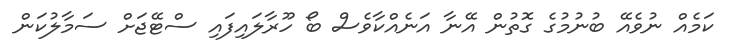
ކަމެއް ނުވެއޭ ބުނުމުގެ ގޮތުން އޭނާ އަނެއްކާވެސް ބޯ ހޫރާލައިފައި ސްޓޭޖަށް ސަމާލުކަން